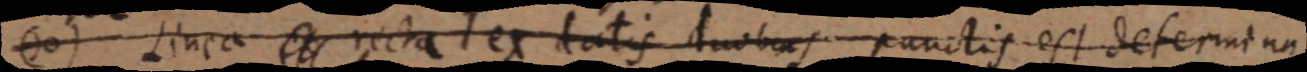
(10) Linea et recta ex datis duobus punctis est determina